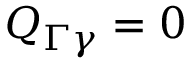
Q _ { \Gamma \gamma } = 0